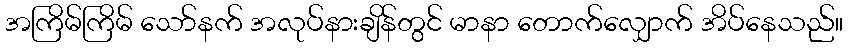
အကြိမ်ကြိမ် သော်နက် အလုပ်နားချိန်တွင် မာနာ တောက်လျှောက် အိပ်နေသည်။